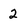
Character: 2